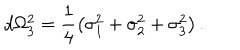
LaTeX: d \Omega _ { 3 } ^ { 2 } = \frac { 1 } { 4 } \left( \sigma _ { 1 } ^ { 2 } + \sigma _ { 2 } ^ { 2 } + \sigma _ { 3 } ^ { 2 } \right) .